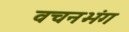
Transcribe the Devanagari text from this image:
वचनभंग